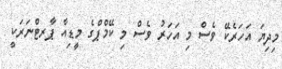
މިދިޔަ އަހަރެކޭ ވެސް މި އަަހަރު ވެސް މި ކޭމްޕްގެ މީޑިއާ ޕާރޓްނަރަކީ